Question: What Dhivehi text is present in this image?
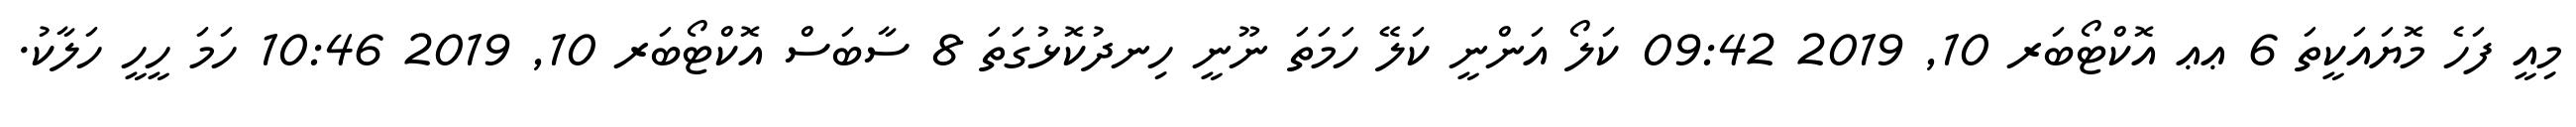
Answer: މިއީ ފަހެ މޮޔައަކީތަ 6 ޢޢ އޮކްޓޯބަރ 10, 2019 09:42 ކަލޯ އަންނީ ކަލޭ ހަމަތަ ނޫނީ ހިނދުކޮޅުގަތަ 8 ސާބަސް އޮކްޓޯބަރ 10, 2019 10:46 ހަމަ ހީހީ ހަލާކު.